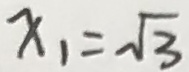
x _ { 1 } = \sqrt { 3 }